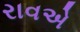
રાવએ